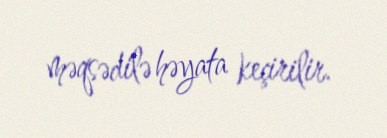
məqsədilə həyata keçirilir.